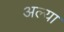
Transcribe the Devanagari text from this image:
अल्या